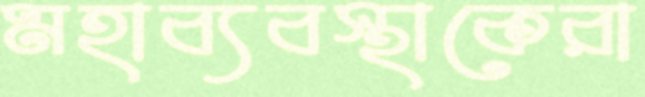
মহাব্যবস্থাকেরা